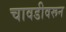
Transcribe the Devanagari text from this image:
चावडीवरून